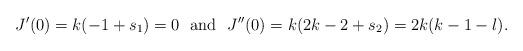
LaTeX: \begin{align*}J^{\prime } (0) =k(-1+s_1 ) =0 \ \mbox{ and } \ J^{\prime \prime } (0) = k (2k-2+s_2 ) = 2k(k-1-l).\end{align*}